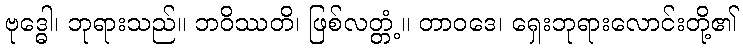
ဗုဒ္ဓေါ၊ ဘုရားသည်။ ဘဝိဿတိ၊ ဖြစ်လတ္တံ့။ တာဝဒေ၊ ရှေးဘုရားလောင်းတို့၏